Indian journal of veterinary science and animal husbandry - Volume 13,
Year: 1943
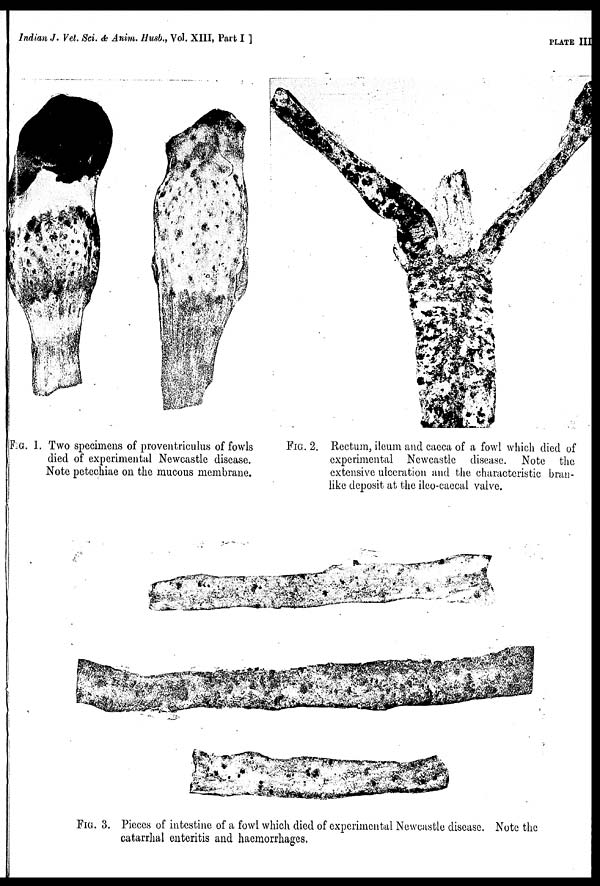
Indian J. Vet. Sci. & Anim. Husb., Vol. XIII, Part I ]
PLATE
III
FIG. 1. Two specimens of proventriculus of fowls
died of experimental Newcastle disease.
Note petechiae on the mucous membrane.
FIG. 2. Rectum, ileum and caeca of a fowl which died of
experimental Newcastle disease. Note the
extensive ulceration and the characteristic bran-
like deposit at the ileo-caecal valve.
FIG. 3. Pieces of intestine of a fowl which died of experimental Newcastle disease. Note the
catarrhal enteritis and haemorrhages.